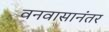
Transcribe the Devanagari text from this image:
वनवासानंतर